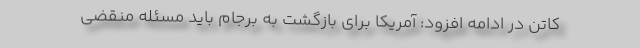
کاتن در ادامه افزود: آمریکا برای باز‌گشت به برجام باید مسئله منقضی